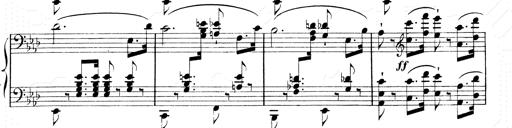
Title: 2 Transcriptions d'aprÃ¨s Rossini
Composer: Franz Liszt